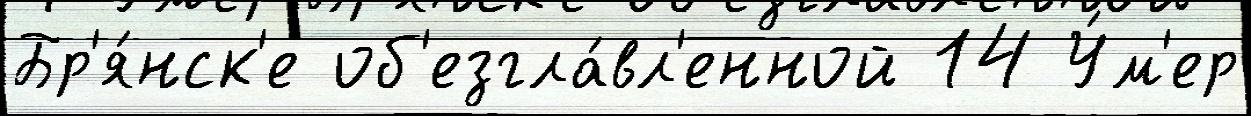
Бр'я́нск'е об'езгла́вл'енной 14 У́м'ер